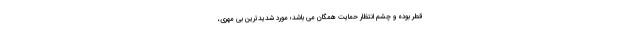
قطر بوده و چشم انتظار حمایت همگان می باشد؛ مورد شدیدترین بی مهری،